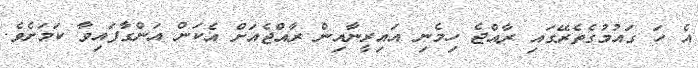
އެ ހަ ގައުމުގެތެރޭގައި ރާއްޖެ ހިމެނި އައިރީނާއިން ރާއްޖެއަށް އެކަން އަންގާފައިވާ ކަމަށެވެ.